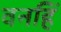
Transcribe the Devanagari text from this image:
वनहिं